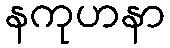
နကုဟနာ